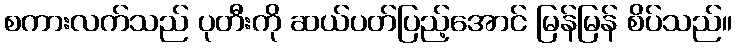
စကားလက်သည် ပုတီးကို ဆယ်ပတ်ပြည့်အောင် မြန်မြန် စိပ်သည်။